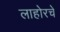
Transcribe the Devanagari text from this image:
लाहोरचे